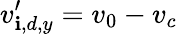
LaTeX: v_{\mathbf{i},d,y}^{\prime}=v_{0}-v_{c}